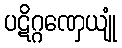
ပဋိဂ္ဂဏှေယျုံ